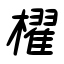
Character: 櫂